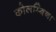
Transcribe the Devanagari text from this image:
कोलम्बिना